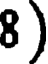
8 )